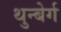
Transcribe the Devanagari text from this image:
थुन्बेर्ग